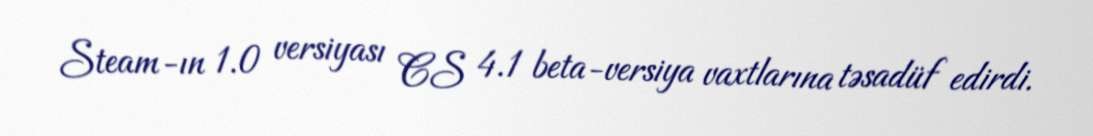
Steam-ın 1.0 versiyası CS 4.1 beta-versiya vaxtlarına təsadüf edirdi.